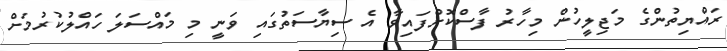
ރައްޔިތުންގެ މަޖިލީހުން މިހާރު ފާސްކޮށްފައިވާ އެ ސިޔާސަތުގައި ވަނީ މި މައްސަލަ ހައްލުކުރުމަށް